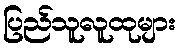
ပြည်သူလူထုများ